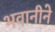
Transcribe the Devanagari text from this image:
भवानीने